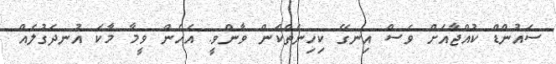
ސައުންޑް ކުއްޖާއަށް ވެސް އިނގޭ ކިހިނެތްކަން ވާންވީ. އެހެން ވީމާ މާކަ އުނދަގުލެއް